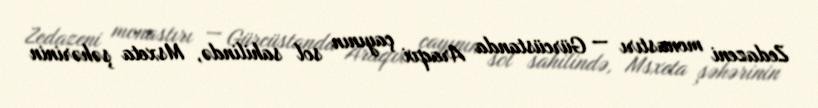
Zedazeni monastırı — Gürcüstanda Araqvi çayının sol sahilində, Msxeta şəhərinin